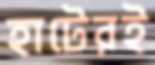
হাটেরই